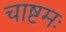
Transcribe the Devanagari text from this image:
चाष्टमः